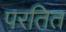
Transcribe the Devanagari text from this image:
परतित